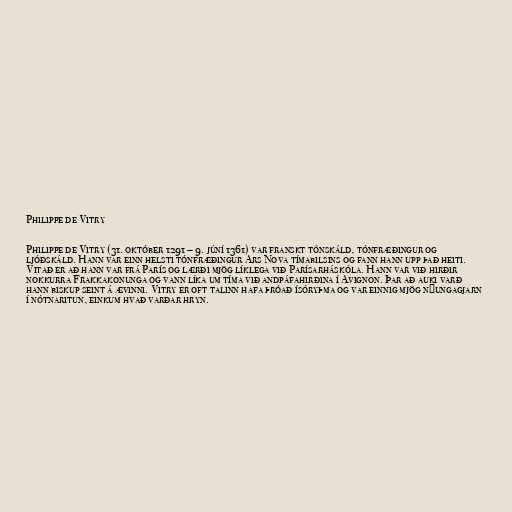
Philippe de Vitry

Philippe de Vitry (31. október 1291 – 9. júní 1361) var franskt tónskáld, tónfræðingur og
ljóðskáld. Hann var einn helsti tónfræðingur Ars Nova tímabilsins og fann hann upp það heiti.
Vitað er að hann var frá París og lærði mjög líklega við Parísarháskóla. Hann var við hirðir
nokkurra Frakkakonunga og vann líka um tíma við andpáfahirðina í Avignon. Þar að auki varð
hann biskup seint á ævinni. Vitry er oft talinn hafa þróað ísóryþma og var einnig mjög nýungagjarn
í nótnaritun, einkum hvað varðar hryn.